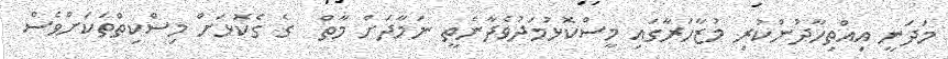
މަދަނީ އިއްތިހާދުންކުރި މުޒާހަރާގައި މީސްކޮޅުމަދުވެދާނެތީ ނަމާދަށް މާތް  ގެ ގެކޮޅަށް މިސްކިތްތަކަށްވެސް